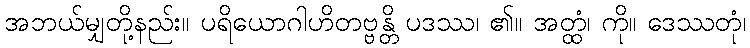
အဘယ်မျှတို့နည်း။ ပရိယောဂါဟိတဗ္ဗန္တိ ပဒဿ၊ ၏။ အတ္ထံ၊ ကို။ ဒေဿတုံ၊